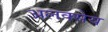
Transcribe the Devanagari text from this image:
अलक्सेय